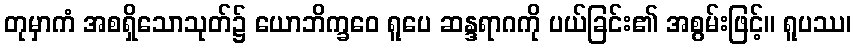
တုမှာကံ အစရှိသောသုတ်၌ ယောဘိက္ခဝေ ရူပေ ဆန္ဒရာဂကို ပယ်ခြင်း၏ အစွမ်းဖြင့်။ ရူပဿ၊